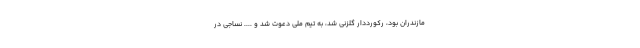
مازندران بود، رکورددار گلزنی شد، به تیم ملی دعوت شد و .... نساجی در